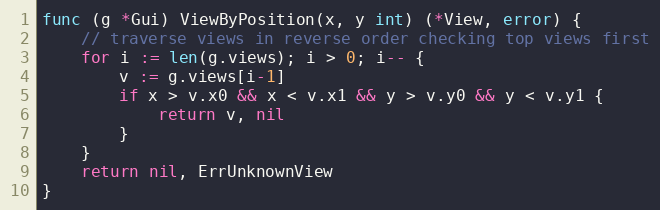
Language: Go
func (g *Gui) ViewByPosition(x, y int) (*View, error) {
	// traverse views in reverse order checking top views first
	for i := len(g.views); i > 0; i-- {
		v := g.views[i-1]
		if x > v.x0 && x < v.x1 && y > v.y0 && y < v.y1 {
			return v, nil
		}
	}
	return nil, ErrUnknownView
}